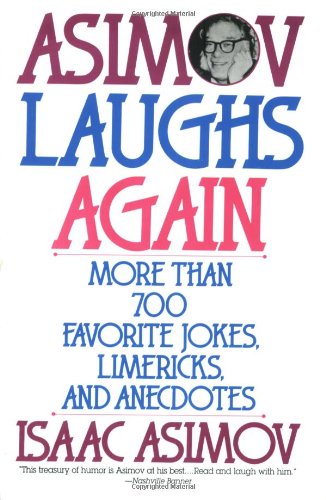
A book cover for Asimov Laughs Again: More Than 700 Jokes, Limericks, and Anecdotes; Isaac Asimov; Humor & Entertainment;